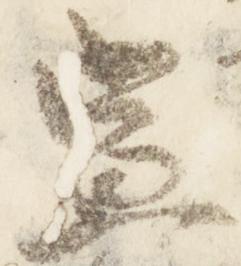
宣